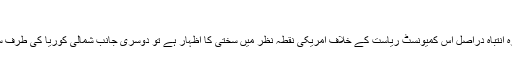
‘‘
اے ایف پی کے مطابق ٹرمپ کی طرف سے تازہ انتباہ دراصل اس کمیونسٹ ریاست کے خلاف امریکی نقطہ نظر میں سختی کا اظہار ہے تو دوسری جانب شمالی کوریا کی طرف سے بھی خوفناک دھمکیوں کا سلسلہ نیا نہیں ہے۔